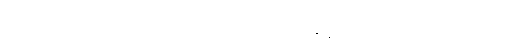
၃၁၊ ၃၂၊ ဒဏ်ကိုလည်းကောင်း၊ သေခြင်းကိုလည်းကောင်း၊ အာဇာနည် ပုဂ္ဂိုလ်များမှ တစ်ပါး ပုဂ္ဂိုလ်တိုင်း